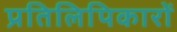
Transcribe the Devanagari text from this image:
प्रतिलिपिकारों